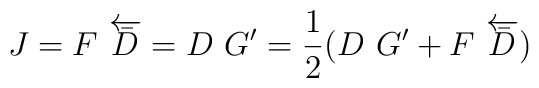
J=F~\overleftarrow{\bar{D}}=D~G' =\frac{1}{2}(D~G'+F~\overleftarrow{\bar{D}})